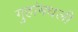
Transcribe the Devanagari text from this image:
गुहांमधली